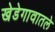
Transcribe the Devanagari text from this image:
खेडेगावातले